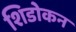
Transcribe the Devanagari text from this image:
शिडोकन